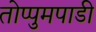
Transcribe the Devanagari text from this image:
तोप्पुमपाडी